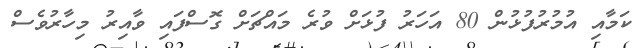
ކަމާއި އުމުރުފުޅުން 80 އަހަރު ފުޅަށް ވުރެ މައްޗަށް ގޮސްފައި ވާއިރު މިހާރުވެސް